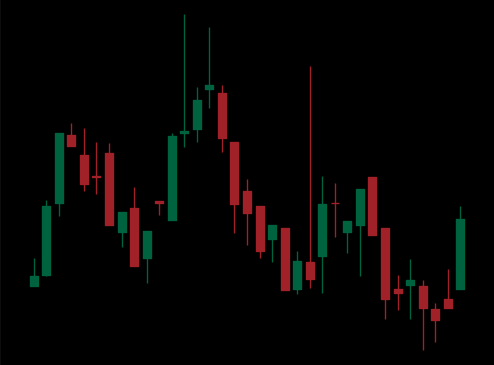
Pattern: head_shoulders